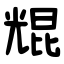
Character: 尡